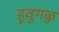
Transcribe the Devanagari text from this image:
हूवुगळु